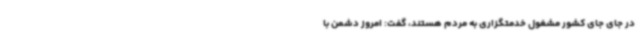
در جای جای کشور مشغول خدمتگزاری به مردم هستند، گفت: امروز دشمن با